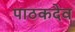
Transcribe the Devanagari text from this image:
पाठकदेव